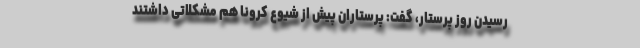
رسیدن روز پرستار، گفت: پرستاران پیش از شیوع کرونا هم مشکلاتی داشتند